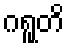
ဂရူတိ